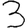
Digit: 3